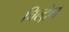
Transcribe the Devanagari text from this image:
चिल्ट्रेन